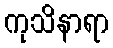
ကုသိနာရာ